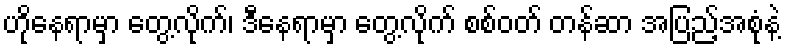
ဟိုနေရာမှာ တွေ့လိုက်၊ ဒီနေရာမှာ တွေ့လိုက် စစ်ဝတ် တန်ဆာ အပြည့်အစုံနဲ့